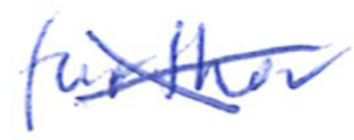
Text: further
Cross-out: mix
Writing tool: ballpoint